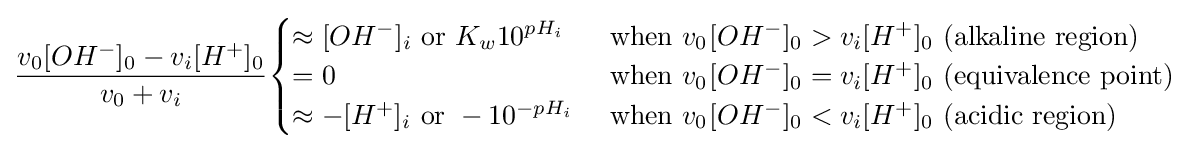
{\frac {v_{0}[OH^{-}]_{0}-v_{i}[H^{+}]_{0}}{v_{0}+v_{i}}}{\begin{cases}\approx [OH^{-}]_{i}{\text{ or }}K_{w}10^{pH_{i}}&{\text{ when }}v_{0^{}}[OH^{-}]_{0}>v_{i}[H^{+}]_{0}{\text{ (alkaline region)}}\\=0&{\text{ when }}v_{0^{}}[OH^{-}]_{0}=v_{i}[H^{+}]_{0}{\text{ (equivalence point)}}\\\approx -[H^{+}]_{i}{\text{ or }}-10^{-pH_{i}}&{\text{ when }}v_{0^{}}[OH^{-}]_{0}<v_{i}[H^{+}]_{0}{\text{ (acidic region)}}\end{cases}}